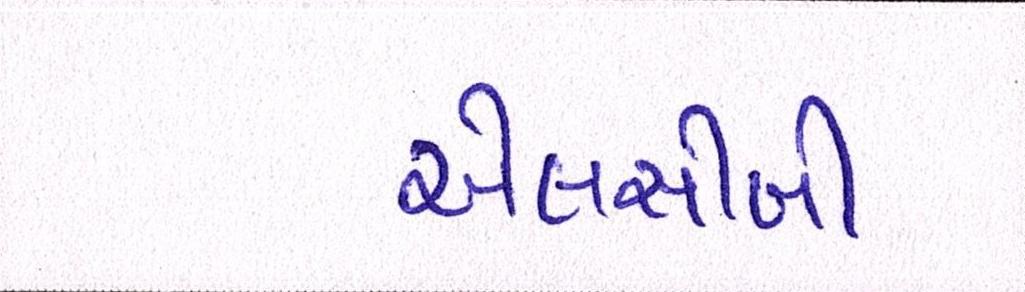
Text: એલસીબી